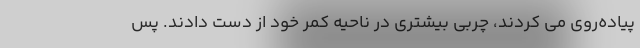
پیاده‌روی می کردند، چربی بیشتری در ناحیه کمر خود از دست دادند. پس